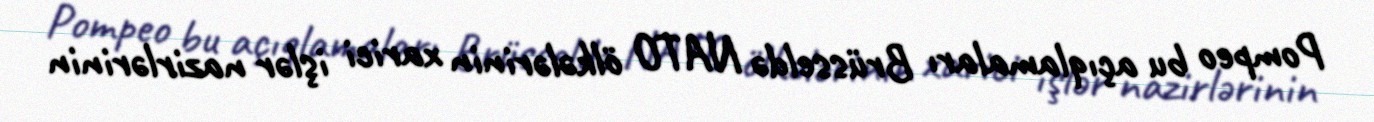
Pompeo bu açıqlamaları Brüsseldə NATO ölkələrinin xarici işlər nazirlərinin